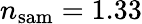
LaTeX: n_{\mathrm{sam}}=1.33